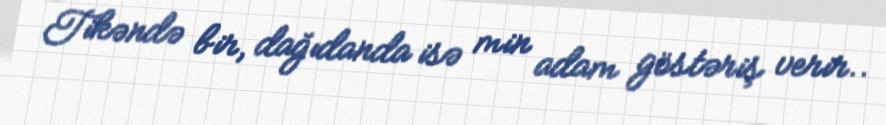
Tikəndə bir, dağıdanda isə min adam göstəriş verir..